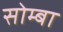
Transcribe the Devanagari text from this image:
सोम्बा